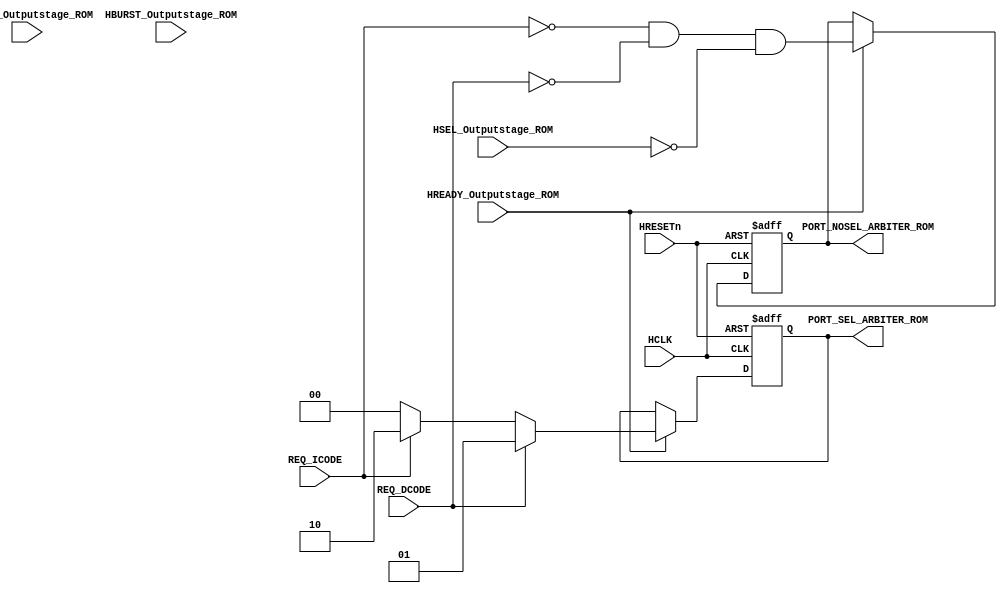
module AHBlite_BusMatrix_Arbiter_ROM(
    input   HCLK,
    input   HRESETn,
    input   REQ_ICODE,
    input   REQ_DCODE,
    input   HREADY_Outputstage_ROM,
    input   HSEL_Outputstage_ROM,
    input   [1:0]   HTRANS_Outputstage_ROM,
    input   [2:0]   HBURST_Outputstage_ROM,
    output  wire [1:0]  PORT_SEL_ARBITER_ROM,
    output  wire        PORT_NOSEL_ARBITER_ROM
);

reg noport;
wire    noport_next;

assign noport_next  =   (~REQ_ICODE)  &   (~REQ_DCODE)    &   (~HSEL_Outputstage_ROM);        

reg [1:0] selport;
wire    [1:0] selport_next;

assign  selport_next    =   REQ_DCODE   ?   2'b01   :
                            (REQ_ICODE  ?   2'b10   :   2'b00);
                        
always@(posedge HCLK or negedge HRESETn) begin
    if(~HRESETn) begin
        noport  <=  1'b1;
        selport <=  2'b00;
    end else if(HREADY_Outputstage_ROM) begin
        noport  <=  noport_next;
        selport <=  selport_next;
    end
end

assign  PORT_NOSEL_ARBITER_ROM  =   noport;
assign  PORT_SEL_ARBITER_ROM    =   selport;

endmodule